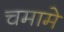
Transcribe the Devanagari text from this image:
चमामे